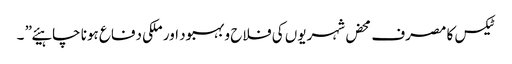
ٹیکس کا مصرف محض شہریوں کی فلاح و بہبود اور ملکی دفاع ہونا چاہیئے” ۔